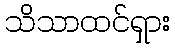
သိသာထင်ရှား